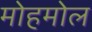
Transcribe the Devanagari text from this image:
मोहमोल